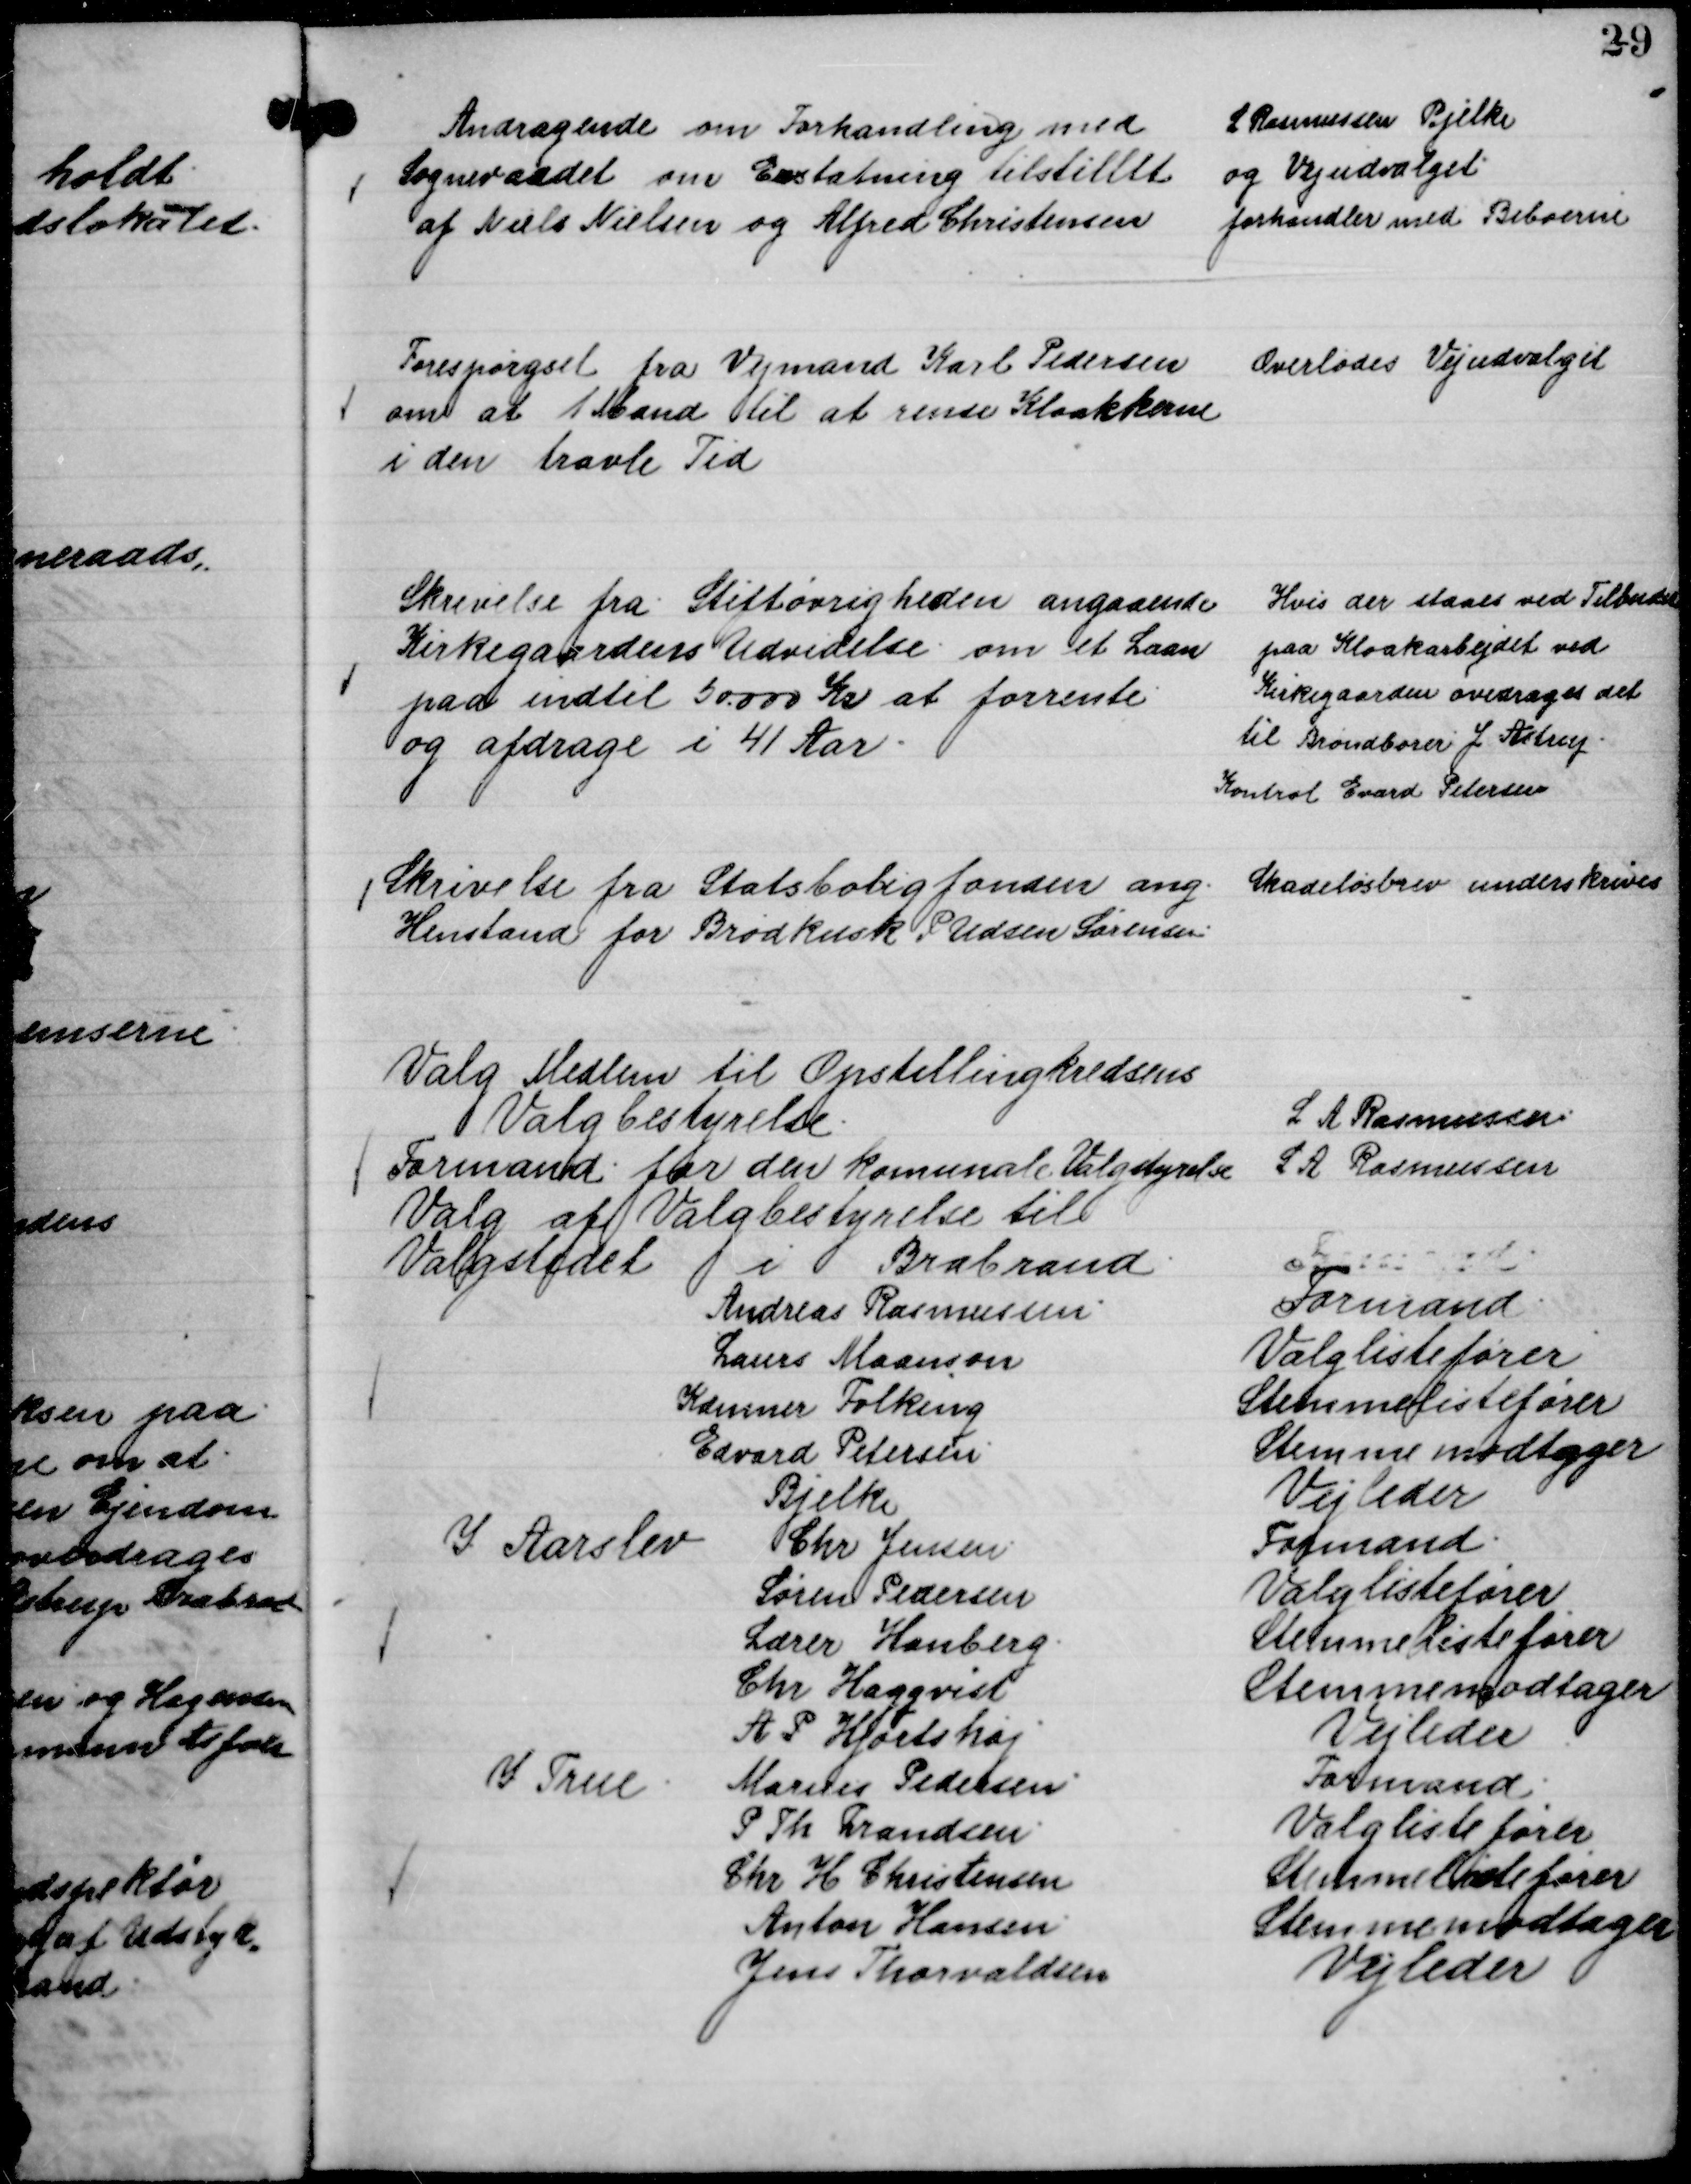
Transskription:
Andragende om Forhandling med
Sogneraadet om Erstatning tilstillet
af Niels Nielsen og Alfred Christensen

L Rasmussen Bjelke
og Vejudvalget
forhandler med Beboerne

Forespørgsel fra Vejmand Karl Pedersen
om at 1 Mand til at rense Kloakkerne
i den travle Tid

Overlodes Vejudvalget

Skrivelse fra Stiftøvrigheden angaaende
Kirkegaardens Udvidelse om det Laan
paa indtil 50.000 Kr at forrente
og afdrage i 41 Aar.

Hvis der staaes ved Tilbudet
paa Kloakarbejdet ved
Kirkegaarden overdrages det
til Brøndborer J. Astrup.
Kontrol Evard Petersen

Skrivelse fra Statsboligfonden ang.
Henstand for Brødkusk P. Udsen Sørensen.

Skadeløsbrev underskrives

Valg Medlem til Opstillingkredsens
Valgbestyrelse.
L A Rasmussen
Formand for den komunale Valgstyrelse
L A Rasmussen
Valg af Valgbestyrelse til
Valgstedet i Brabrand

Andreas Rasmussen.
Formand
Laurs Maanson
Valglistefører
Kæmner Folking
Stemmelistefører
Edvard Petersen.
Stemmemodtager
Bjelke
Vejleder
I Aarslev
Chr Jensen.
Formand.
Søren Pedersen
Valglistefører
Lærer Hanberg.
Stemmelistefører
Chr. Hagquist
Stemmemodtager
A. P. Hjortshøj
Vejleder
I True
Marius Pedersen.
Formand.
P. Th. Frandsen.
Valglistefører
Chr H Christensen
Stemmelistefører
Anton Hansen.
Stemmemodtager
Jens Thorvaldsen
Vejleder